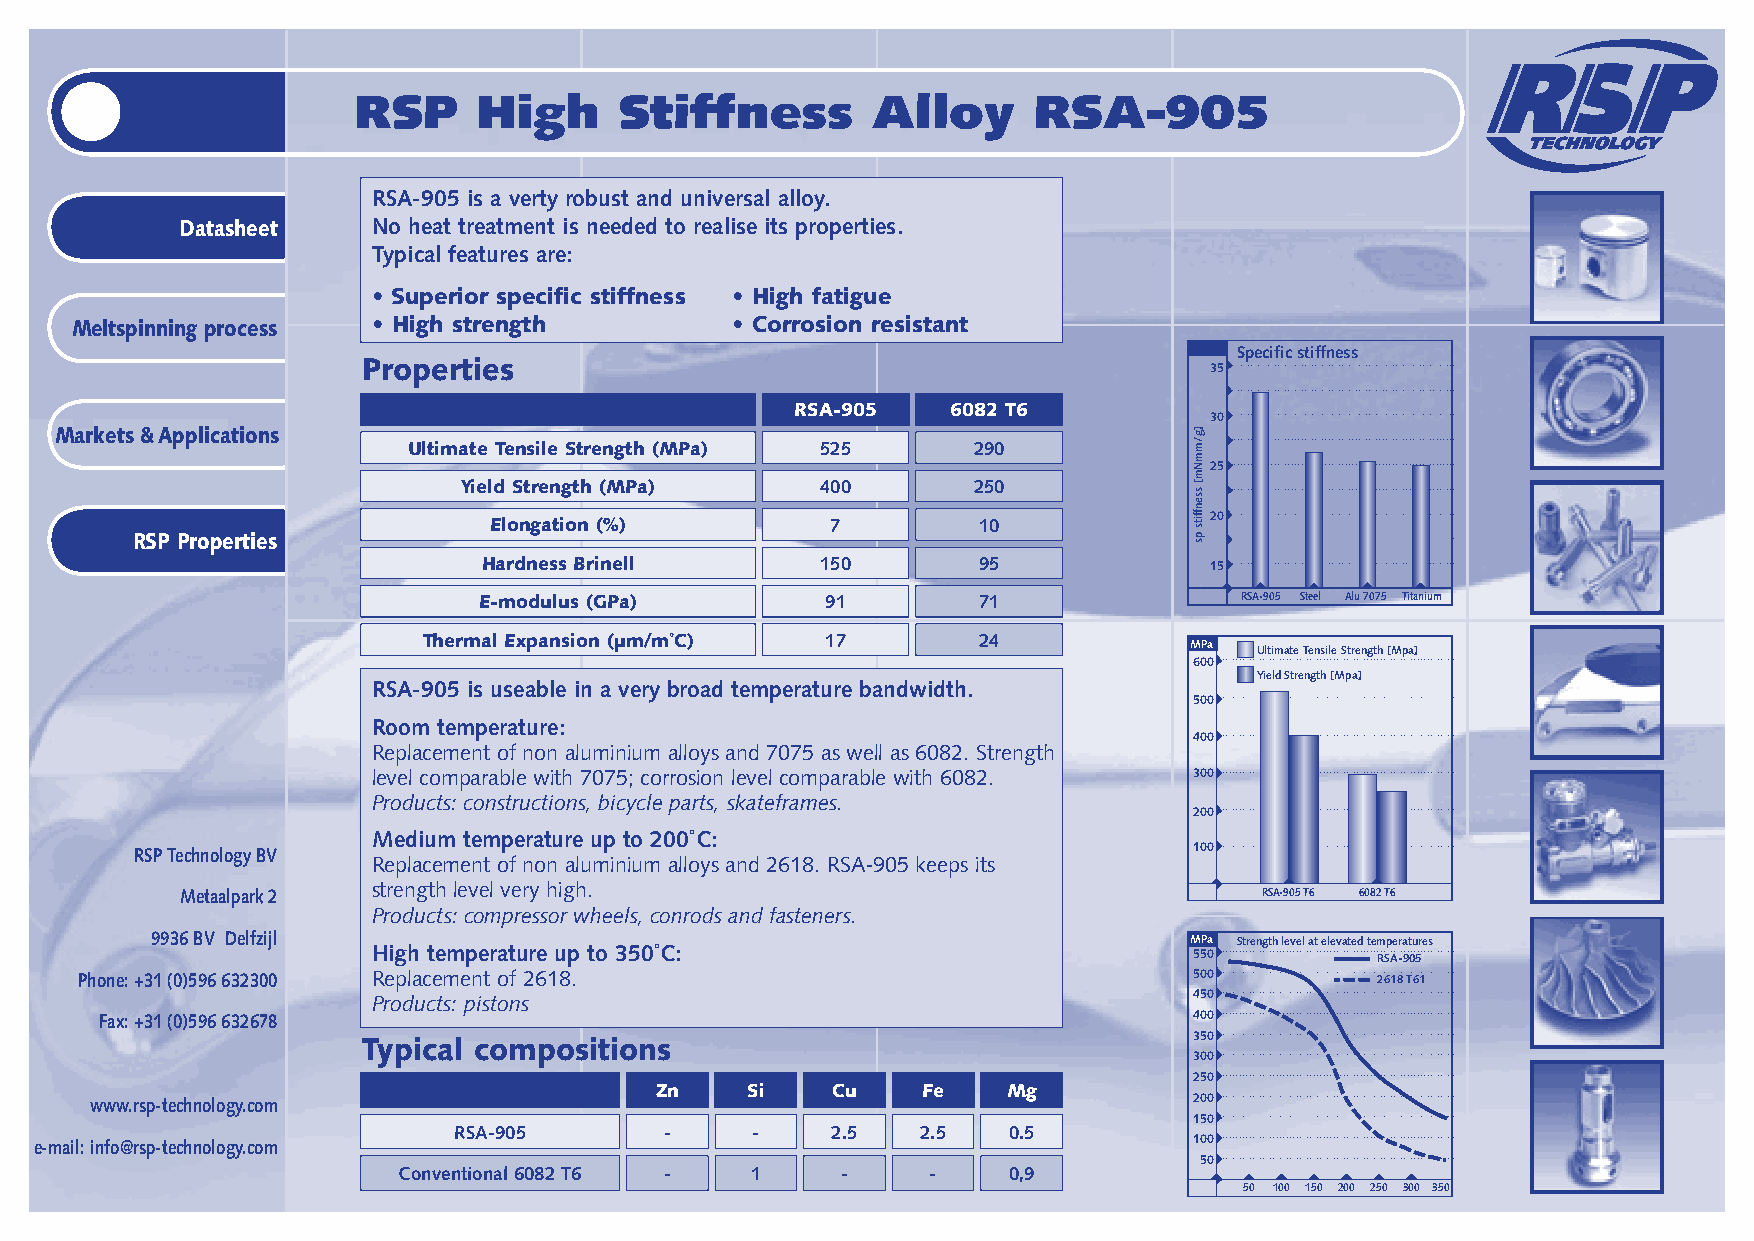
RSP      High     Stiffness        Alloy     RSA-905
 RSA-905 is a verty robust and universal alloy.
 Datasheet    No heat treatment is needed to realise its properties.
 Typical features are:
 • Superior specific stiffness • High fatigue
 Meltspinning process • High strength       • Corrosion resistant
 Specific stiffness
 Properties                                              35
 RSA-905   6082 T6
 30
 Markets & Applications
 Ultimate Tensile Strength (MPa) 525  290
 25
 Yield Strength (MPa)   400       250
 20
 Elongation (%)         7         10
 RSP Properties
 Hardness Brinell      150        95             15
 E-modulus (GPa)        91        71               RSA-905 Steel Alu 7075 Titanium
 Thermal Expansion (µm/m˚C) 17        24            MPa
 Ultimate Tensile Strength [Mpa]
 600
 Yield Strength [Mpa]
 RSA-905 is useable in a very broad temperature bandwidth.
 500
 Room temperature:
 400
 Replacement of non aluminium alloys and 7075 as well as 6082. Strength
 level comparable with 7075; corrosion level comparable with 6082. 300
 Products: constructions, bicycle parts, skateframes.
 200
 Medium temperature up to 200˚C:
 RSP Technology BV                                                     100
 Replacement of non aluminium alloys and 2618. RSA-905 keeps its
 strength level very high.
 Metaalpark 2                                                            RSA-905 T6 6082 T6
 Products: compressor wheels, conrods and fasteners.
 9936 BV Delfzijl                                                     MPa Strength level at elevated temperatures
 High temperature up to 350˚C:                         550         RSA-905
 Phone: +31 (0)596 632300 Replacement of 2618.                             500         2618 T61
 Products: pistons                                     450
 Fax: +31 (0)596 632678                                                  400
 Typical compositions                                   350
 300
 250
 Zn    Si    Cu    Fe    Mg
 www.rsp-technology.com                                                   200
 150
 RSA-905       -     -    2.5   2.5   0.5
 e-mail: info@rsp-technology.com                                              100
 50
 Conventional 6082 T6 -  1     -     -    0,9
 50 100 150 200 250 300 350
 ]g/mmNm[
 ssenffits
 ps